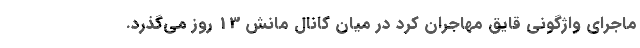
ماجرای واژگونی قایق مهاجران کُرد در میان کانال مانش 13 روز می‌گذرد.